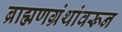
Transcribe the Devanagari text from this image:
ब्राह्मणग्रंथांवरून